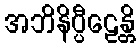
အဘိနိပ္ပီဠေန္တိ